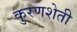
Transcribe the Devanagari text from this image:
कुरणशेती